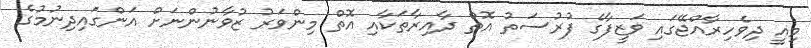
މިއީ ދިވެހިރާއްޖޭގައި ވަޒީފާގެ ފުރުސަތު އޮތް ދާއިރާތަކާއި އޮތް މިންވަރު ޒުވާނުންނަށް އަންގައިދިނުމުގެ